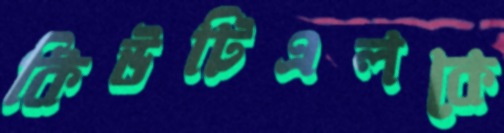
কিউটিএলকে